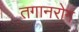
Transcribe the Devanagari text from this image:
तगानरोग